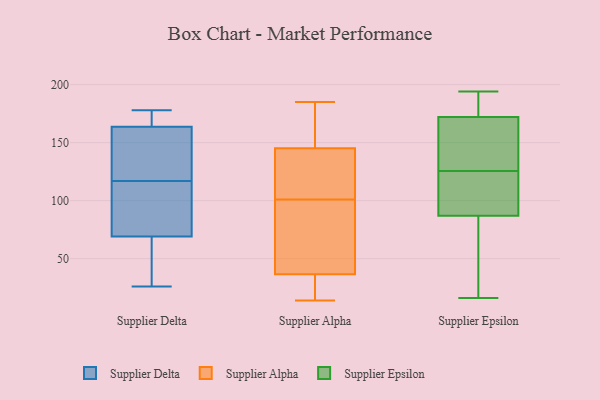
{"axis": {"x": "Budget (USD K)", "y": "Value"}, "legend": ["Supplier Alpha", "Supplier Delta", "Supplier Epsilon"], "data": [{"x": "", "y": 157, "type": "Supplier Delta"}, {"x": "", "y": 178, "type": "Supplier Delta"}, {"x": "", "y": 49, "type": "Supplier Delta"}, {"x": "", "y": 175, "type": "Supplier Delta"}, {"x": "", "y": 142, "type": "Supplier Delta"}, {"x": "", "y": 107, "type": "Supplier Delta"}, {"x": "", "y": 75, "type": "Supplier Delta"}, {"x": "", "y": 131, "type": "Supplier Delta"}, {"x": "", "y": 26, "type": "Supplier Delta"}, {"x": "", "y": 168, "type": "Supplier Delta"}, {"x": "", "y": 166, "type": "Supplier Delta"}, {"x": "", "y": 67, "type": "Supplier Delta"}, {"x": "", "y": 56, "type": "Supplier Delta"}, {"x": "", "y": 85, "type": "Supplier Delta"}, {"x": "", "y": 117, "type": "Supplier Delta"}, {"x": "", "y": 115, "type": "Supplier Alpha"}, {"x": "", "y": 117, "type": "Supplier Alpha"}, {"x": "", "y": 22, "type": "Supplier Alpha"}, {"x": "", "y": 158, "type": "Supplier Alpha"}, {"x": "", "y": 39, "type": "Supplier Alpha"}, {"x": "", "y": 38, "type": "Supplier Alpha"}, {"x": "", "y": 141, "type": "Supplier Alpha"}, {"x": "", "y": 14, "type": "Supplier Alpha"}, {"x": "", "y": 101, "type": "Supplier Alpha"}, {"x": "", "y": 32, "type": "Supplier Alpha"}, {"x": "", "y": 82, "type": "Supplier Alpha"}, {"x": "", "y": 185, "type": "Supplier Alpha"}, {"x": "", "y": 159, "type": "Supplier Alpha"}, {"x": "", "y": 16, "type": "Supplier Epsilon"}, {"x": "", "y": 83, "type": "Supplier Epsilon"}, {"x": "", "y": 172, "type": "Supplier Epsilon"}, {"x": "", "y": 87, "type": "Supplier Epsilon"}, {"x": "", "y": 140, "type": "Supplier Epsilon"}, {"x": "", "y": 96, "type": "Supplier Epsilon"}, {"x": "", "y": 177, "type": "Supplier Epsilon"}, {"x": "", "y": 194, "type": "Supplier Epsilon"}, {"x": "", "y": 144, "type": "Supplier Epsilon"}, {"x": "", "y": 71, "type": "Supplier Epsilon"}, {"x": "", "y": 88, "type": "Supplier Epsilon"}, {"x": "", "y": 111, "type": "Supplier Epsilon"}, {"x": "", "y": 181, "type": "Supplier Epsilon"}, {"x": "", "y": 153, "type": "Supplier Epsilon"}]}